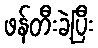
ဖန်တီးခဲ့ပြီး